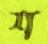
শ